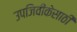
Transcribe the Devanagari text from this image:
उपजिवीकेसाठी